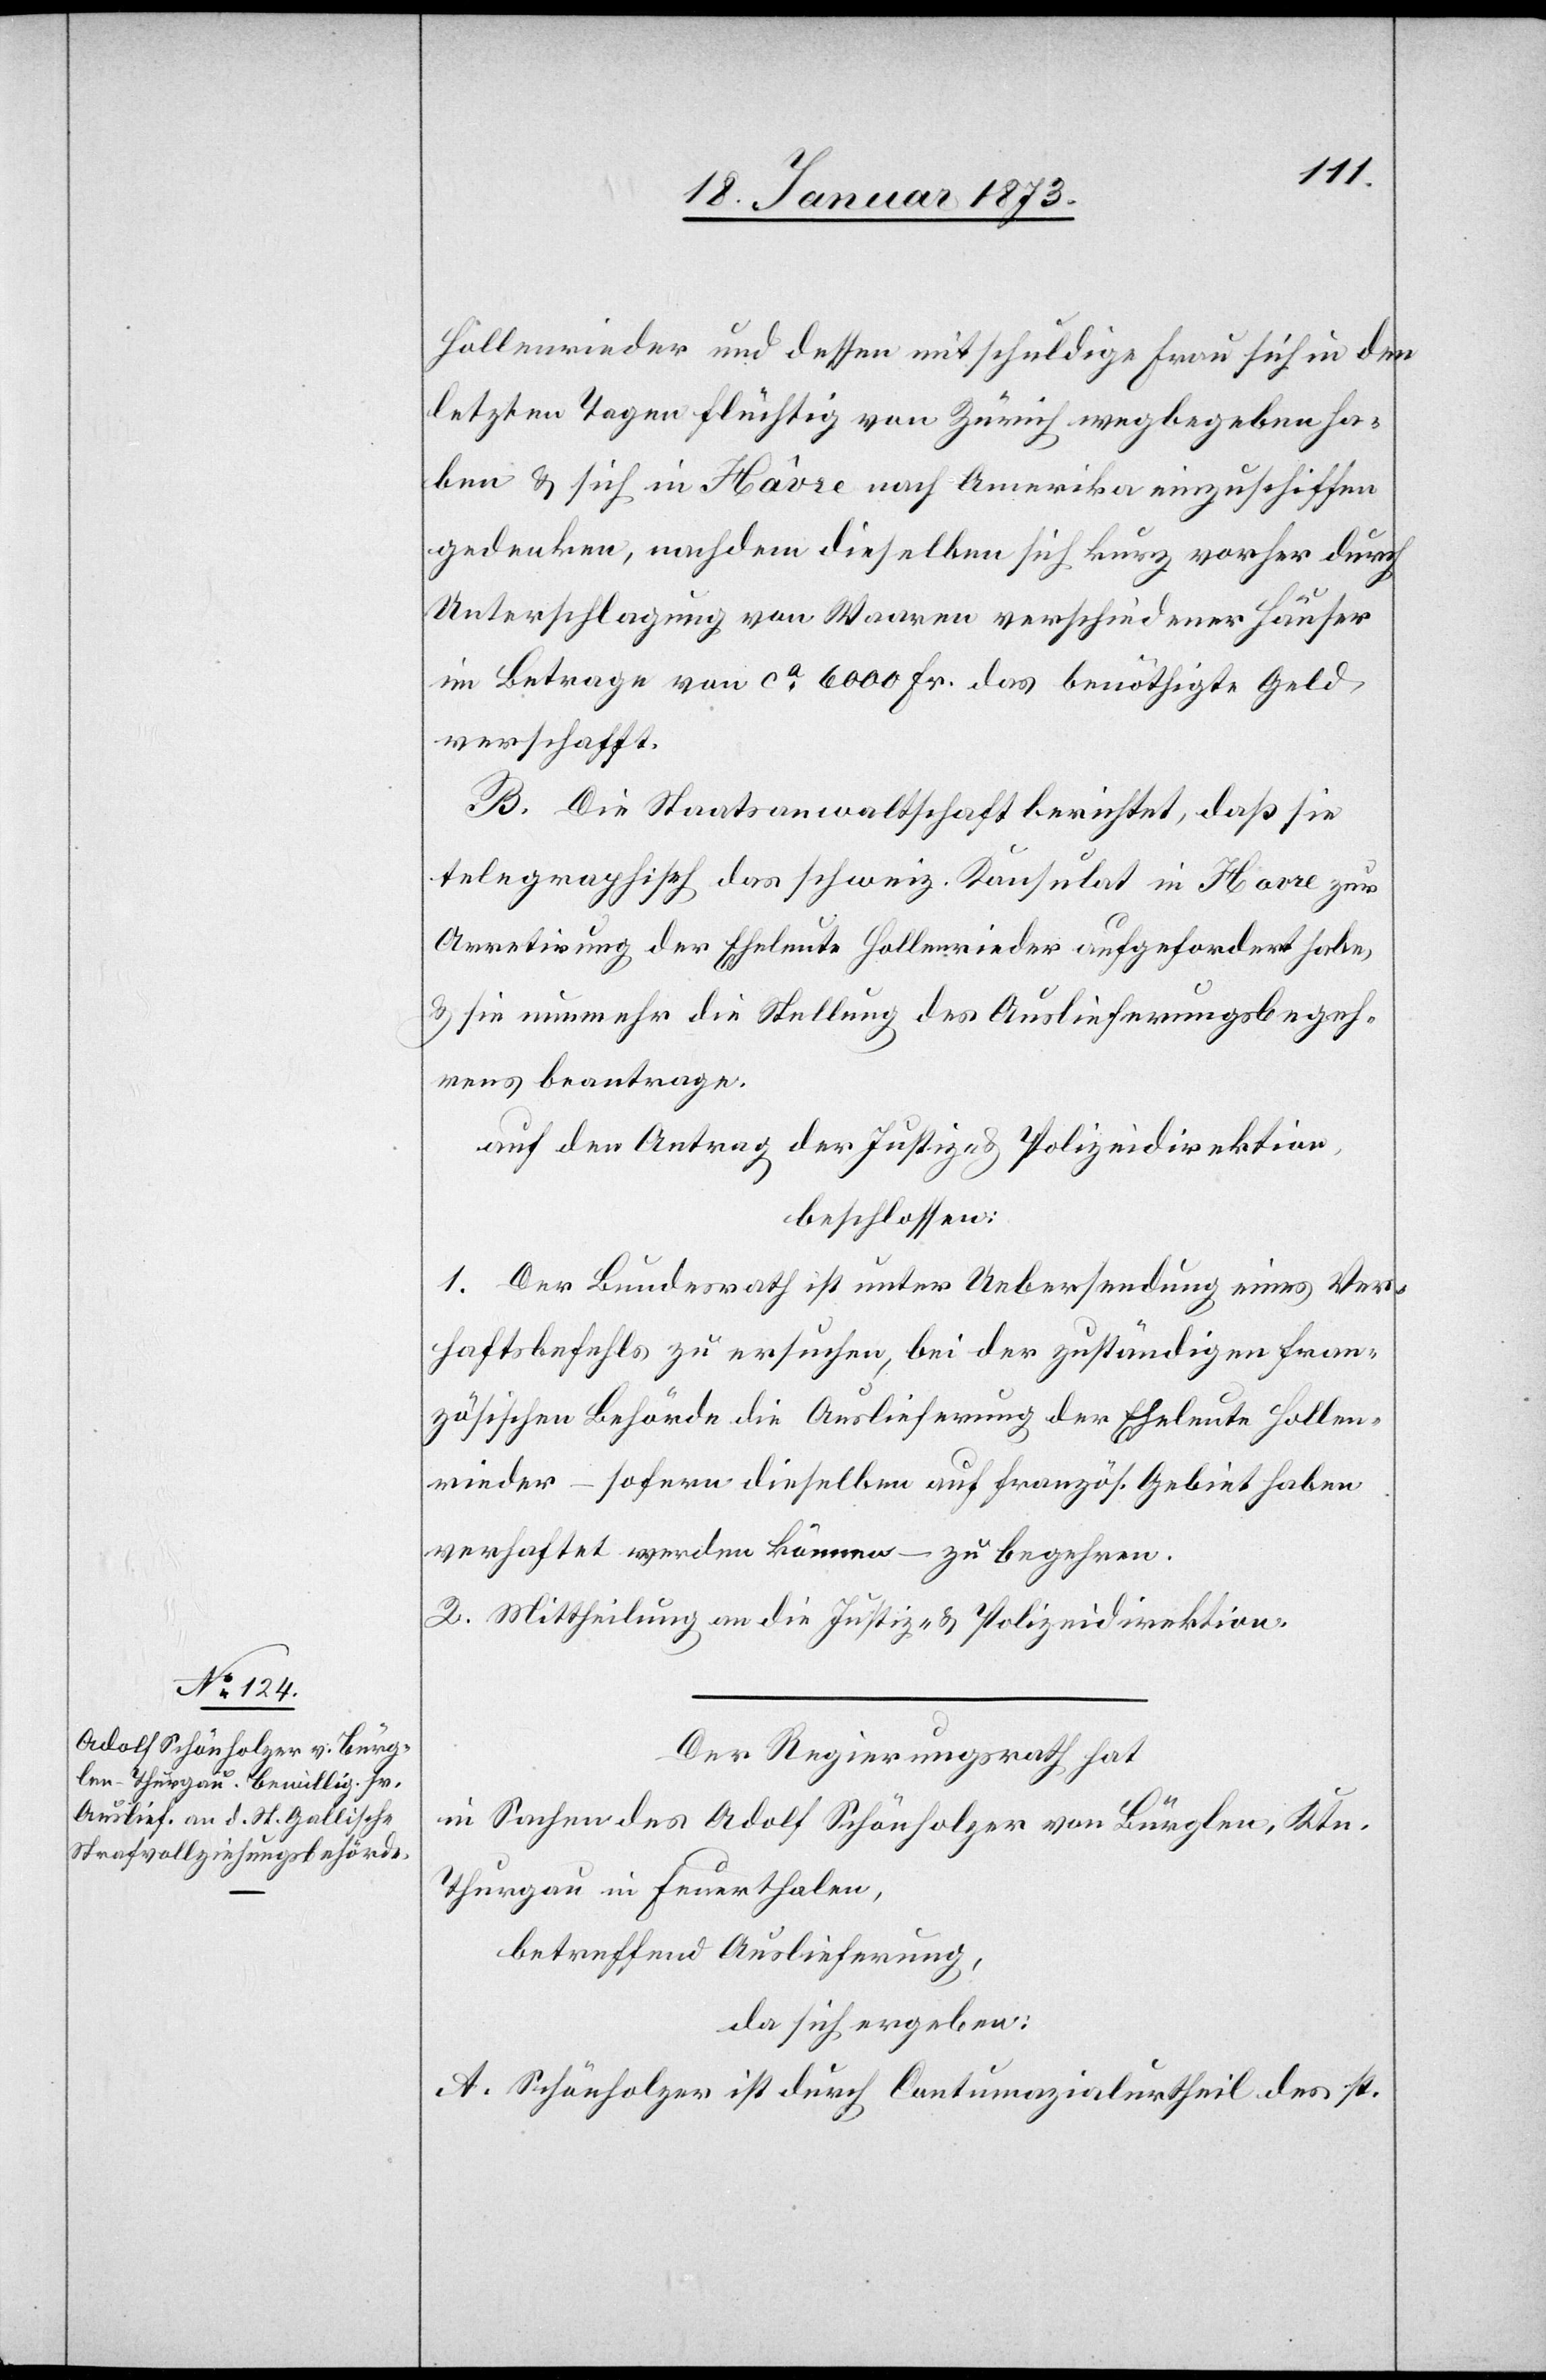
Hollenrieder und dessen mitschuldige Frau sich in den
letzten Tagen flüchtig von Zürich wegbegeben ha¬
ben u. sich in Hâvre nach Amerika einzuschiffen
gedenken, nachdem dieselben sich kurz vorher durch
Unterschlagung von Waren verschiedener Häuser
im Betrage von ca. 6000 Fr. das benöthigte Geld
verschafft.
B. Die Staatsanwaltschaft berichtet, daß sie
telegraphisch das schweiz. Konsulat in Havre zur
Arretirung der Eheleute Hollenrieder aufgefordert habe,
u. sie nunmehr die Stellung des Auslieferungsbegeh¬
rens beantrage.
auf den Antrag der Justiz- u. Polizeidirektion,
beschlossen:
1. Der Bundesrath ist unter Uebersendung eines Ver¬
haftsbefehls zu ersuchen, bei der zuständigen fran¬
zösischen Behörde die Auslieferung der Eheleute Hollen¬
rieder – sofern dieselben auf französ. Gebiet haben
verhaftet werden können – zu begehren.
2. Mittheilung an die Justiz- u. Polizeidirektion.
Der Regierungsrath hat,
in Sachen des Adolf Schönholzer von Bürglen, Ktn.
Thurgau in Feuerthalen,
betreffend Auslieferung,
da sich ergeben:
A. Schönholzer ist durch Contumazialurtheil des st.